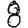
Digit: 8